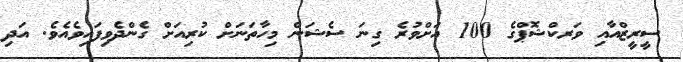
ސީރީޒްއާއި ވަރކްޝޮޕްގެ 100 އަށްވުރެ ގިނަ ސެޝަން މިހާތަނަށް ކުރިއަށް ގެންދެވިފައިވެއެވެ. އަދި